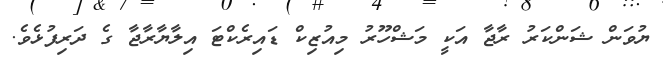
ޔުވަން ޝަންކަރު ރާޖާ އަކީ މަޝްހޫރު މިއުޒިކް ޑައިރެކްޓަ އިލާޔާރާޖާ ގެ ދަރިފުޅެވެ.